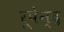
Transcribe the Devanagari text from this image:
रूपेन्द्र